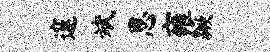
邃斌思雍蹶